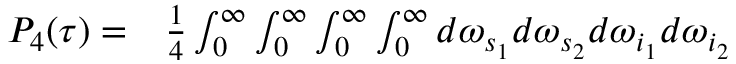
\begin{array} { r l } { P _ { 4 } ( \tau ) = } & { { } \frac { 1 } { 4 } \int _ { 0 } ^ { \infty } \int _ { 0 } ^ { \infty } \int _ { 0 } ^ { \infty } \int _ { 0 } ^ { \infty } d \omega _ { s _ { 1 } } d \omega _ { s _ { 2 } } d \omega _ { i _ { 1 } } d \omega _ { i _ { 2 } } } \end{array}